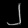
Digit: ၂